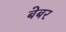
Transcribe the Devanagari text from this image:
बेबर